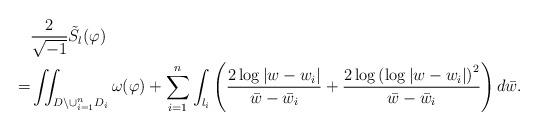
LaTeX: \begin{align*} &\frac{2}{\sqrt{-1}}\tilde{S}_{l}(\varphi)\\=&\iint_{D\setminus\cup_{i=1}^{n}D_{i}}\omega(\varphi)+\sum_{i=1}^{n}\int_{l_{i}}\left(\frac{2\log|w-w_i|}{\bar{w}-\bar{w}_i}+\frac{2\log\left(\log|w-w_i|\right)^2}{\bar{w}-\bar{w}_i}\right)d\bar{w}.\end{align*}